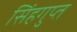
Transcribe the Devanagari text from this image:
सिंहगुप्त